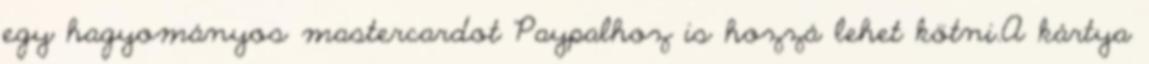
egy hagyományos mastercardot Paypalhoz is hozzá lehet kötni.A kártya